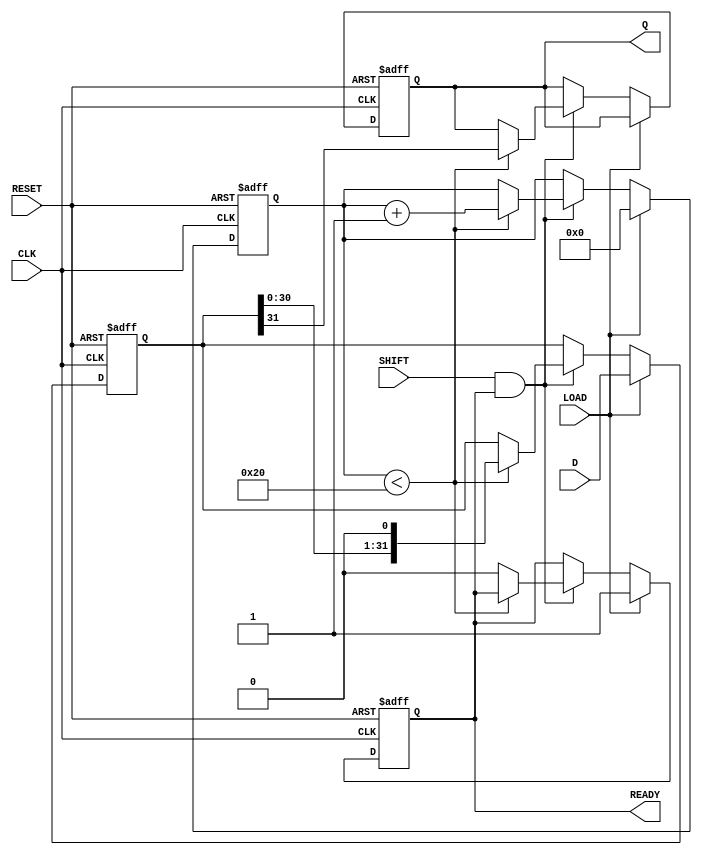
module PISO_Register (
    input wire [31:0] D,      // 32-bit data input
    input wire LOAD,          // Load control signal
    input wire SHIFT,         // Shift control signal
    input wire CLK,           // Clock signal
    input wire RESET,         // Asynchronous reset signal
    output reg Q,             // Serial output
    output reg READY          // Data ready output
);

    reg [31:0] storage_reg;   // Storage register for parallel data
    reg [5:0] count;          // Counter for tracking the number of bits shifted out

    // Asynchronous reset and loading
    always @(posedge CLK or posedge RESET) begin
        if (RESET) begin
            storage_reg <= 32'b0; // Clear storage register
            Q <= 1'b0;            // Clear serial output
            count <= 6'b0;        // Reset count
            READY <= 1'b0;        // Data not ready
        end else begin
            if (LOAD) begin
                storage_reg <= D; // Load data into storage register
                count <= 6'b0;     // Reset count for shifting
                READY <= 1'b1;     // Data is ready to be shifted out
            end else if (SHIFT && READY) begin
                if (count < 32) begin
                    Q <= storage_reg[31]; // Output the MSB
                    storage_reg <= {storage_reg[30:0], 1'b0}; // Shift left
                    count <= count + 1; // Increment count
                end else begin
                    READY <= 1'b0; // All bits shifted out, not ready
                end
            end
        end
    end

endmodule